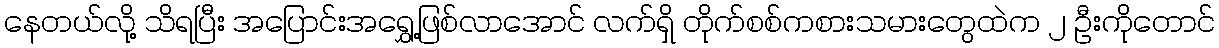
နေတယ်လို့ သိရပြီး အပြောင်းအရွှေ့ဖြစ်လာအောင် လက်ရှိ တိုက်စစ်ကစားသမားတွေထဲက ၂ ဦးကိုတောင်